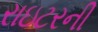
રાઇટરની